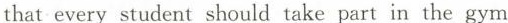
that every student should take part in the gym